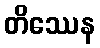
တိဿေန